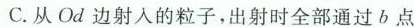
C.从Od边射入的粒子，出射时全部通过b点